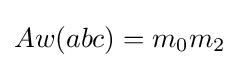
Aw(abc)=m_{0}m_{2}